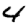
Digit: 4